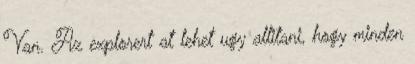
Van. Az explorert at lehet ugy allitani, hogy minden